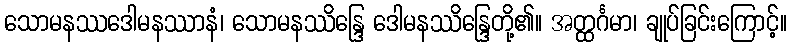
သောမနဿဒေါမနဿာနံ၊ သောမနဿိန္ဒြေ ဒေါမနဿိန္ဒြေတို့၏။ အတ္ထင်္ဂမာ၊ ချုပ်ခြင်းကြောင့်။